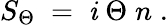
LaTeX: S_{\Theta}\; =\; \mathit{i}\; \Theta\; n\; .